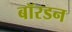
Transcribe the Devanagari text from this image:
बॉरडन